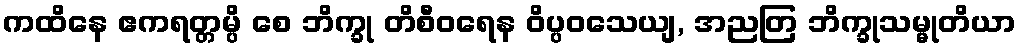
ကထိနေ ဧကရတ္တမ္ပိ စေ ဘိက္ခု တိစီဝရေန ဝိပ္ပဝသေယျ, အညတြ ဘိက္ခုသမ္မုတိယာ